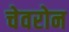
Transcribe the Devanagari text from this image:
चेवरोन